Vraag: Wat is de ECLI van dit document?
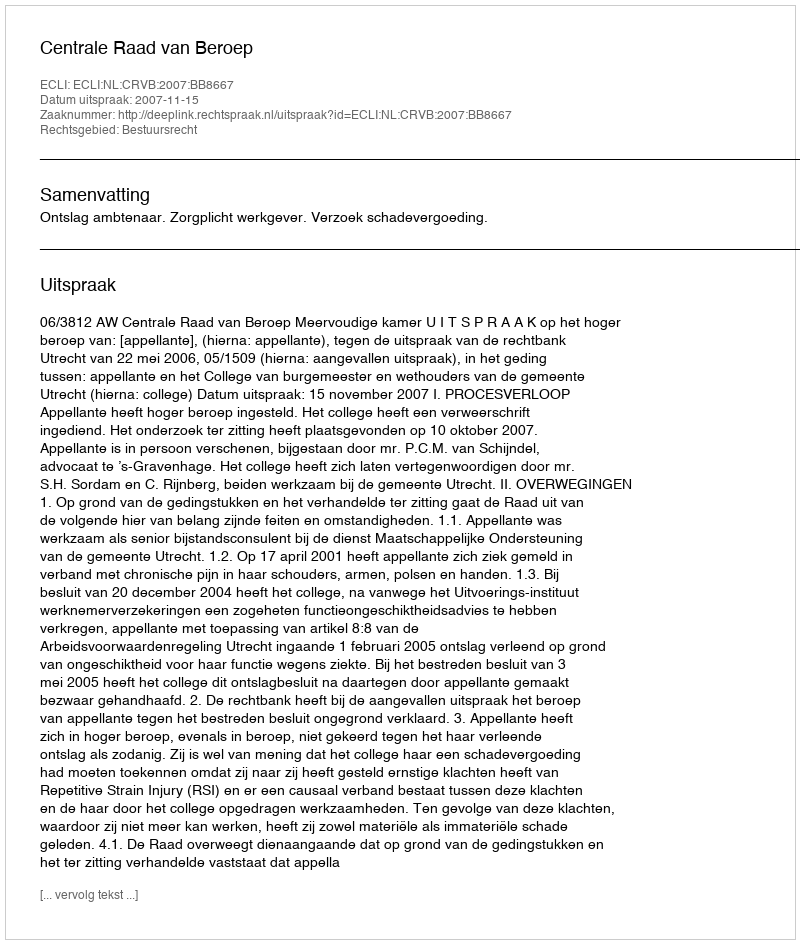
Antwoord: ECLI:NL:CRVB:2007:BB8667